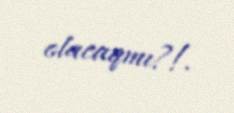
olacaqmı?!.